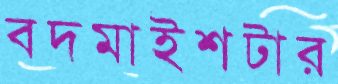
বদমাইশটার